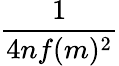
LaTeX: \frac{1}{4nf(m)^{2}}